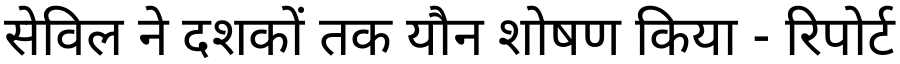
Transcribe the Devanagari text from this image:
सेविल ने दशकों तक यौन शोषण किया - रिपोर्ट